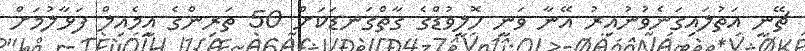
ޗޭނީ އަތުލައިގަނެވުނުއިރު އޭނާ ވަނީ ހޮލީވުޑްގެ ގާތްގަނޑަކަށް 50 ތަރިންގެ އީމެއިލް ފަޅާލުމަށް